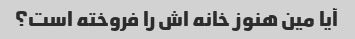
آیا مین هنوز خانه اش را فروخته است؟